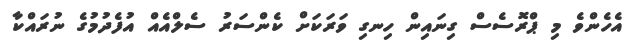
އެހެންވެ މި ޕްރޮސެސް ގިނައިން ހިނގި ވަރަކަށް ކެންސަރު ސެލްއެއް އުފެދުމުގެ ނުރައްކާ